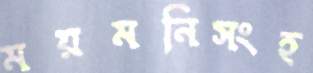
ময়মনিসংহ